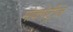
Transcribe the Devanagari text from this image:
मोकपेट्रीज